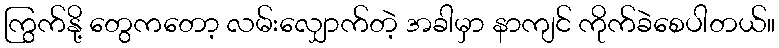
ကြွက်နို့ တွေကတော့ လမ်းလျှောက်တဲ့ အခါမှာ နာကျင် ကိုက်ခဲစေပါတယ်။